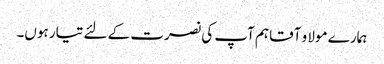
ہمارے مولا و آقا ہم آپ کی نصرت کے لئے تیار ہوں۔